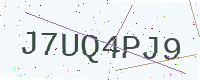
Text: J7UQ4PJ9